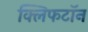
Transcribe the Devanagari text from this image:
क्लिफटॉन